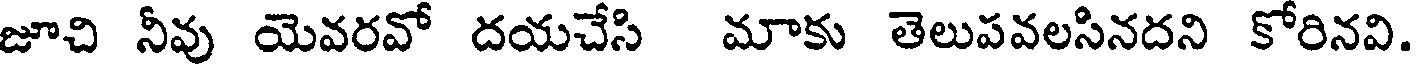
జూచి నీవు యెవరవో దయచేసి మాకు తెలుపవలసినదని కోరినవి.